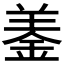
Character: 𨦋